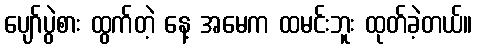
ပျော်ပွဲစား ထွက်တဲ့ နေ့ အမေက ထမင်းဘူး ထုတ်ခဲ့တယ်။